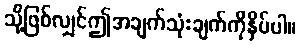
သို့ဖြစ်လျှင်ဤအချက်သုံးချက်ကိုနှိပ်ပါ။